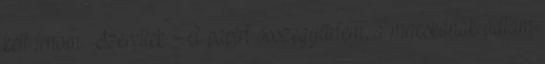
kell írnom: Szeretlek. A papírt összegyűrtem, a macskának adtam